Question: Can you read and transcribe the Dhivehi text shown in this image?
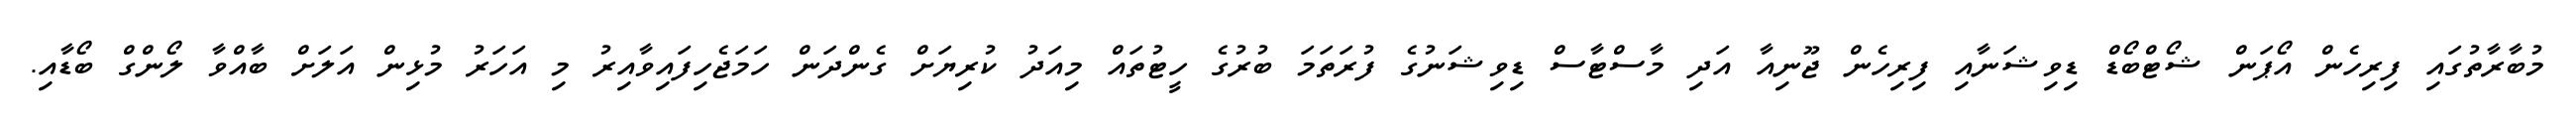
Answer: މުބާރާތުގައި ފިރިހެން އޯޕަން ޝޯޓްބޯޑް ޑިވިޝަނާއި ފިރިހެން ޖޫނިއާ އަދި މާސްޓާސް ޑިވިޝަނުގެ ފުރަތަމަ ބުރުގެ ހީޓުތައް މިއަދު ކުރިޔަށް ގެންދަން ހަމަޖެހިފައިވާއިރު މި އަހަރު މުޅިން އަލަށް ބާއްވާ ލޯންގް ބޯޑާއި.